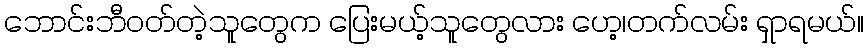
ဘောင်းဘီဝတ်တဲ့သူတွေက ပြေးမယ့်သူတွေလား ဟေ့၊တက်လမ်း ရှာရမယ်။